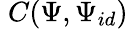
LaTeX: \; C(\Psi,\Psi_{id})